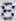
8